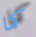
كما